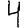
Digit: 4